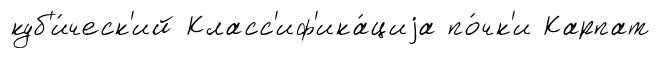
куб'и́ческ'ий Класс'иф'ика́циjа по́чк'и Карпат